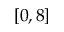
[ 0 , 8 ]